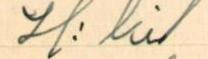
H:ki